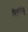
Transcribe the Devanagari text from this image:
पिन्नीपेड्स